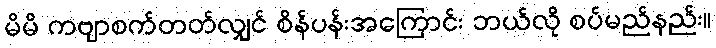
မိမိ ကဗျာစက်တတ်လျှင် စိန်ပန်းအကြောင်း ဘယ်လို စပ်မည်နည်း။